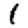
Digit: 1